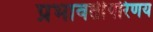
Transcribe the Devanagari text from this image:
प्रभावतीपरिणय